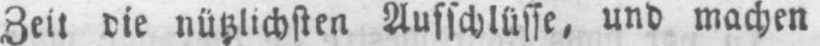
Zeit die nützlichsten Ausschlüsse, und machen